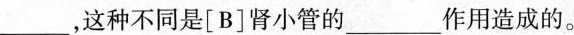
___，这种不同是[B]肾小管的___作用造成的。